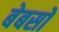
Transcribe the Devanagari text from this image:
बेबसों